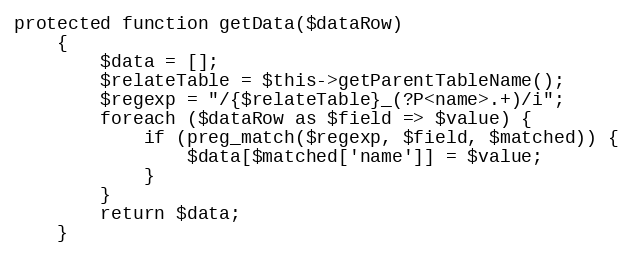
Language: PHP
protected function getData($dataRow)
    {
        $data = [];
        $relateTable = $this->getParentTableName();
        $regexp = "/{$relateTable}_(?P<name>.+)/i";
        foreach ($dataRow as $field => $value) {
            if (preg_match($regexp, $field, $matched)) {
                $data[$matched['name']] = $value;
            }
        }
        return $data;
    }